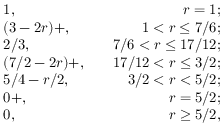
\begin{array} { r l r } & { 1 , \quad } & { r = 1 ; } \\ & { ( 3 - 2 r ) + , \quad } & { 1 < r \le 7 / 6 ; } \\ & { 2 / 3 , \quad } & { 7 / 6 < r \le 1 7 / 1 2 ; } \\ & { ( 7 / 2 - 2 r ) + , \quad } & { 1 7 / 1 2 < r \le 3 / 2 ; } \\ & { 5 / 4 - r / 2 , \quad } & { 3 / 2 < r < 5 / 2 ; } \\ & { 0 + , \quad } & { r = 5 / 2 ; } \\ & { 0 , \quad } & { r \ge 5 / 2 , } \end{array}